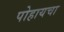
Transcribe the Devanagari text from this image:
पोहायचा